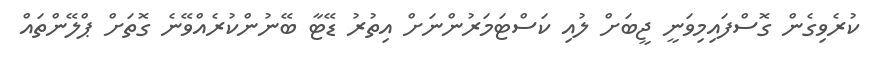
ކުރެވިގެން ގޮސްފައިމިވަނީ ޖީބަށް ލުއި ކަސްޓަމަރުންނަށް އިތުރު ޑޭޓާ ބޭނުންކުރެއްވޭނެ ގޮތަށް ޕްލޭންތައް